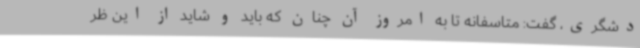
دشگری، گفت: متاسفانه تا به امروز آن چنان که باید و شاید از این ظر